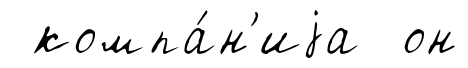
компа́н'иjа он